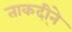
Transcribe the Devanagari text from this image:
ताकदी्ने